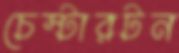
চেস্টারটন